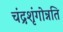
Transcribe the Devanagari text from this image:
चंद्रशृंगोन्नति